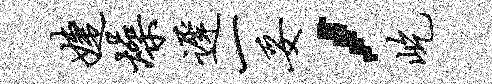
婕燥迟一妥，屹